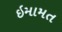
ઇમામત